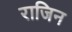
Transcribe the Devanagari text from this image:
राजिन